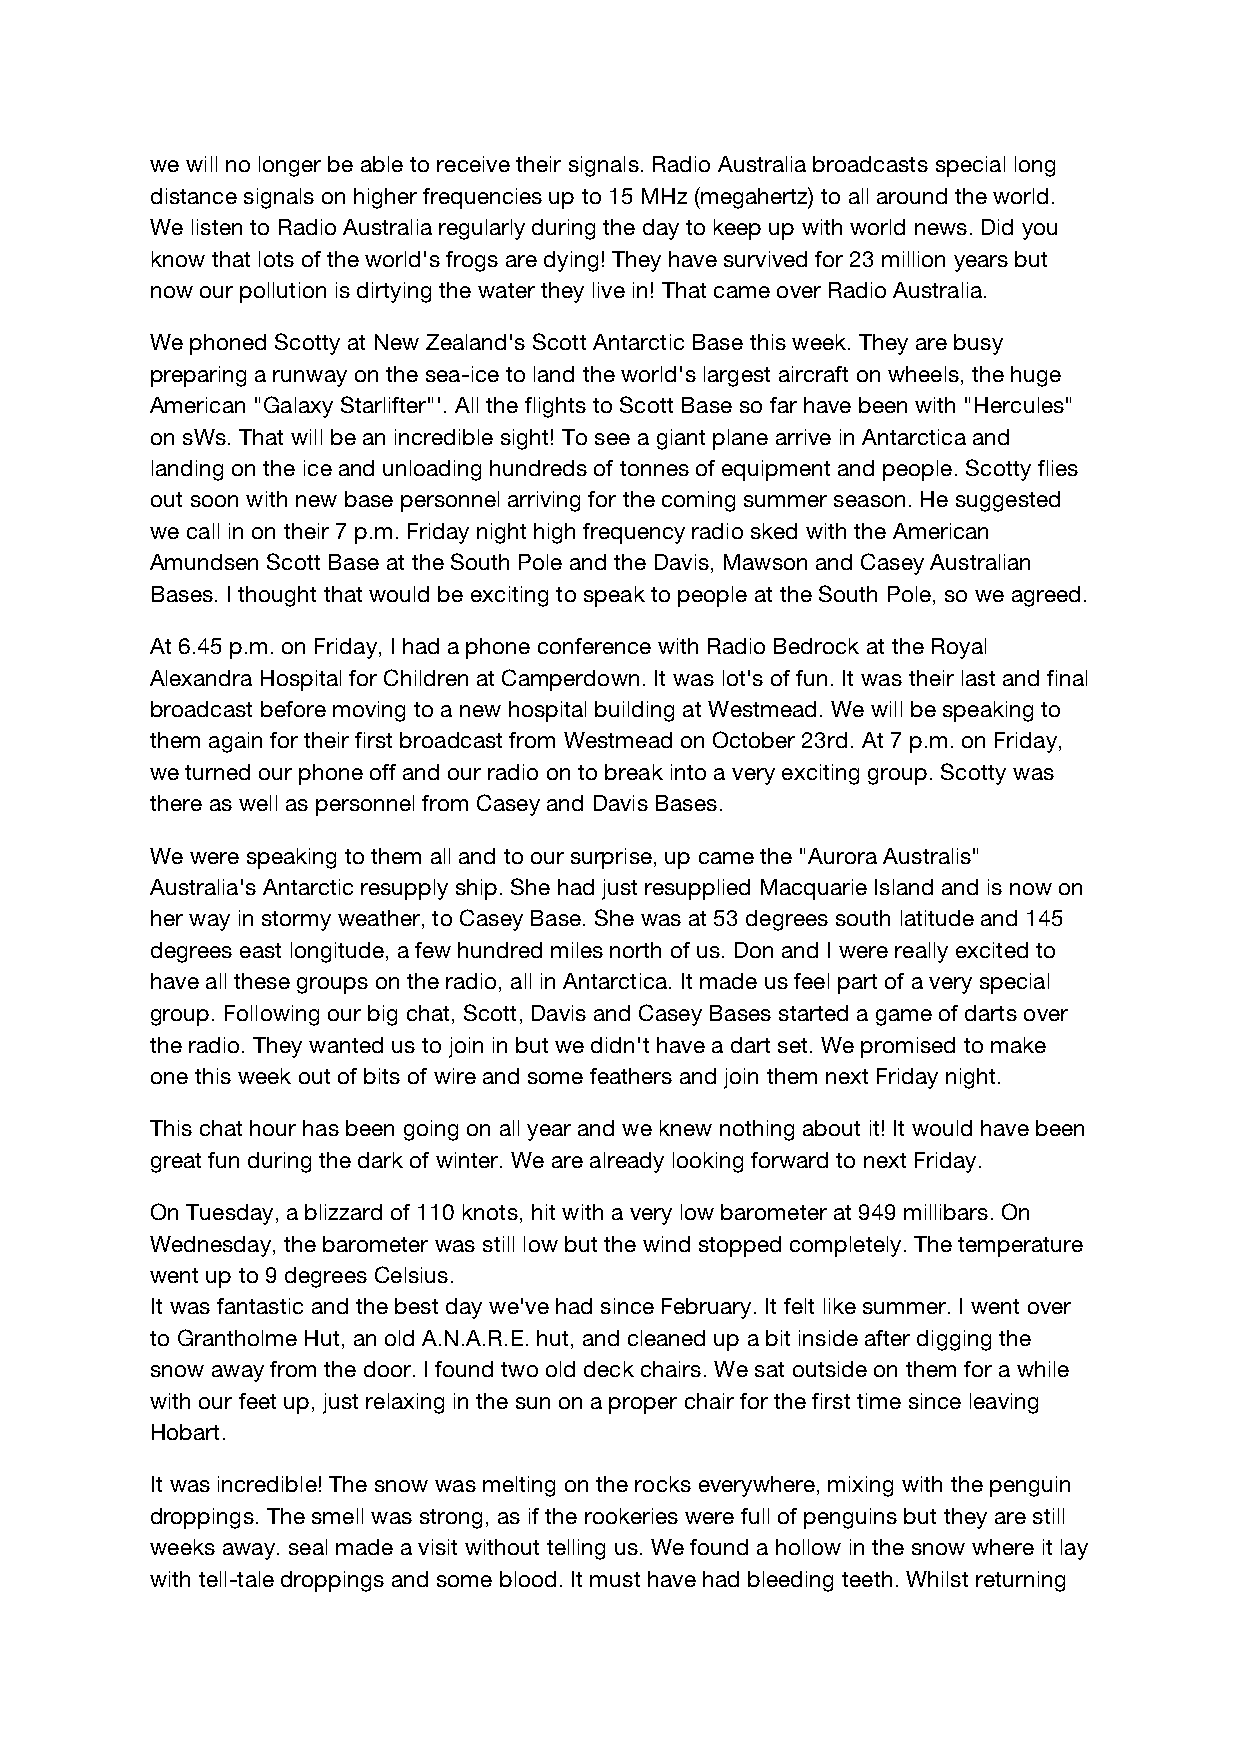
we will no longer be able to receive their signals. Radio Australia broadcasts special long
 distance signals on higher frequencies up to 15 MHz (megahertz) to all around the world.
 We listen to Radio Australia regularly during the day to keep up with world news. Did you
 know that lots of the world's frogs are dying! They have survived for 23 million years but
 now our pollution is dirtying the water they live in! That came over Radio Australia.
 We phoned Scotty at New Zealand's Scott Antarctic Base this week. They are busy
 preparing a runway on the sea-ice to land the world's largest aircraft on wheels, the huge
 American "Galaxy Starlifter"'. All the flights to Scott Base so far have been with "Hercules"
 on sWs. That will be an incredible sight! To see a giant plane arrive in Antarctica and
 landing on the ice and unloading hundreds of tonnes of equipment and people. Scotty flies
 out soon with new base personnel arriving for the coming summer season. He suggested
 we call in on their 7 p.m. Friday night high frequency radio sked with the American
 Amundsen Scott Base at the South Pole and the Davis, Mawson and Casey Australian
 Bases. I thought that would be exciting to speak to people at the South Pole, so we agreed.
 At 6.45 p.m. on Friday, I had a phone conference with Radio Bedrock at the Royal
 Alexandra Hospital for Children at Camperdown. It was lot's of fun. It was their last and final
 broadcast before moving to a new hospital building at Westmead. We will be speaking to
 them again for their first broadcast from Westmead on October 23rd. At 7 p.m. on Friday,
 we turned our phone off and our radio on to break into a very exciting group. Scotty was
 there as well as personnel from Casey and Davis Bases.
 We were speaking to them all and to our surprise, up came the "Aurora Australis"
 Australia's Antarctic resupply ship. She had just resupplied Macquarie Island and is now on
 her way in stormy weather, to Casey Base. She was at 53 degrees south latitude and 145
 degrees east longitude, a few hundred miles north of us. Don and I were really excited to
 have all these groups on the radio, all in Antarctica. It made us feel part of a very special
 group. Following our big chat, Scott, Davis and Casey Bases started a game of darts over
 the radio. They wanted us to join in but we didn't have a dart set. We promised to make
 one this week out of bits of wire and some feathers and join them next Friday night.
 This chat hour has been going on all year and we knew nothing about it! It would have been
 great fun during the dark of winter. We are already looking forward to next Friday.
 On Tuesday, a blizzard of 110 knots, hit with a very low barometer at 949 millibars. On
 Wednesday, the barometer was still low but the wind stopped completely. The temperature
 went up to 9 degrees Celsius.
 It was fantastic and the best day we've had since February. It felt like summer. I went over
 to Grantholme Hut, an old A.N.A.R.E. hut, and cleaned up a bit inside after digging the
 snow away from the door. I found two old deck chairs. We sat outside on them for a while
 with our feet up, just relaxing in the sun on a proper chair for the first time since leaving
 Hobart.
 It was incredible! The snow was melting on the rocks everywhere, mixing with the penguin
 droppings. The smell was strong, as if the rookeries were full of penguins but they are still
 weeks away. seal made a visit without telling us. We found a hollow in the snow where it lay
 with tell-tale droppings and some blood. It must have had bleeding teeth. Whilst returning